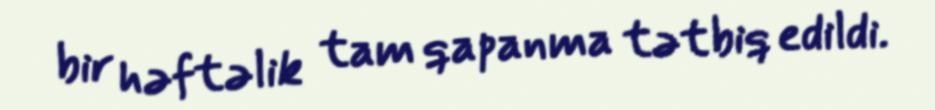
bir həftəlik tam qapanma tətbiq edildi.